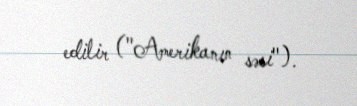
edilir ("Amerikanın səsi").